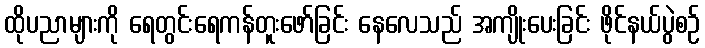
ထိုပညာများကို ရေတွင်းရေကန်တူးဖော်ခြင်း နေလေသည် အကျိုးပေးခြင်း ဖိုင်နယ်ပွဲစဉ်